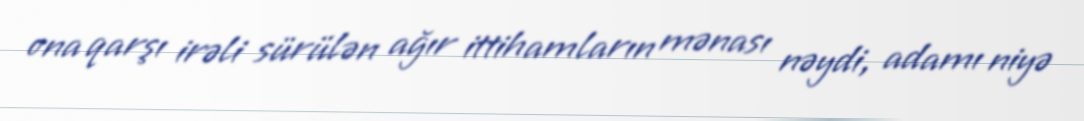
ona qarşı irəli sürülən ağır ittihamların mənası nəydi, adamı niyə